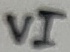
Text: VI